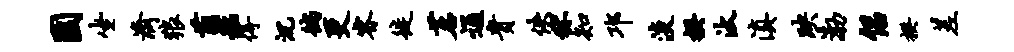
园坐济狼萌艋得沉徜更睿徙茗通贵佚秫知邛淡揆汰滇映渤侣揆差